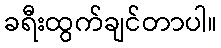
ခရီးထွက်ချင်တာပါ။